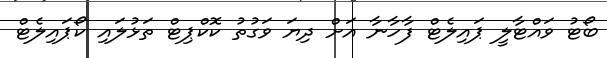
ބޯޓު ވައްޓާލީ ޕައިލެޓް ފާހާނާ އަށް ދިޔަ ވަގުތު ކޮކްޕިޓް ތަޅުލައި ކޯޕައިލެޓް